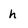
Character: h